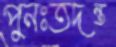
পুনঃতদন্ত